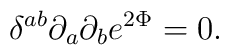
\delta^{ab}\partial_a\partial_b e^{2\Phi} = 0.